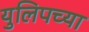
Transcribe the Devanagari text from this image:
युलिपच्या